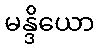
မန္ဒိယော